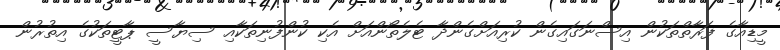
މީޑިއާގެ ފަރާތްތަކުން އިސްނަގައިގެން ކުރިއަށްގެންދާ ޓެލެތޯންއަށް އެކި ކުންފުނިތަކާއި ސިޔާސީ ޕާޓީތަކުގެ އިތުރުން